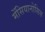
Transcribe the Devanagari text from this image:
मेंसियानोसिस